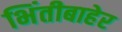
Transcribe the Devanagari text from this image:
भिंतीबाहेर